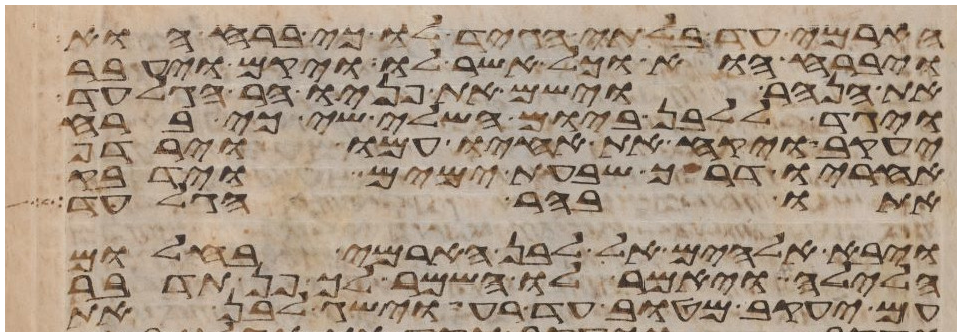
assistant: הארמי עד בלתי הגיד לו כי ברח הוא
ויברח הוא וכל אשר לו ויקם ויעבר
את הנהר וישם את פניו הר הגלעד
ויגד ללבן ביום השלישי כי ברח
יעקב ויקח את אחיו עמו וירדף
אחריו דרך שבעת ימים וידבק
אתו בהר הגלעד
ויבא אלהים אל לבן הארמי בחלום
הלילה ויאמר לו השמר לך פן תדבר
עם יעקב מטוב עד רע וישג לבן את